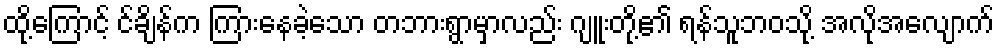
ထို့ကြောင့် င်ချိန်က ကြားနေခဲ့သော တဘားရွာမှာလည်း ဂျူးတို့၏ ရန်သူဘဝသို့ အလိုအလျောက်